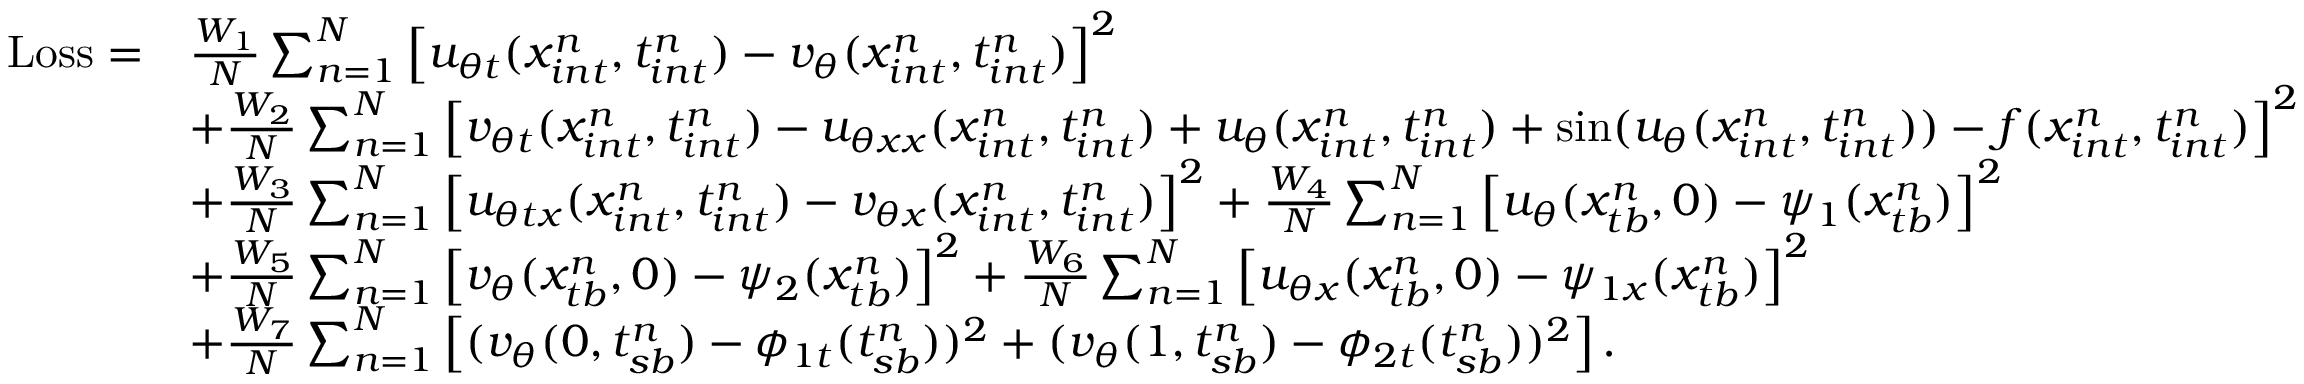
\begin{array} { r l } { \mathrm { L o s s } = } & { \frac { W _ { 1 } } { N } \sum _ { n = 1 } ^ { N } \left[ u _ { \theta t } ( x _ { i n t } ^ { n } , t _ { i n t } ^ { n } ) - v _ { \theta } ( x _ { i n t } ^ { n } , t _ { i n t } ^ { n } ) \right] ^ { 2 } } \\ & { + \frac { W _ { 2 } } { N } \sum _ { n = 1 } ^ { N } \left[ v _ { \theta t } ( x _ { i n t } ^ { n } , t _ { i n t } ^ { n } ) - u _ { \theta x x } ( x _ { i n t } ^ { n } , t _ { i n t } ^ { n } ) + u _ { \theta } ( x _ { i n t } ^ { n } , t _ { i n t } ^ { n } ) + \sin ( u _ { \theta } ( x _ { i n t } ^ { n } , t _ { i n t } ^ { n } ) ) - f ( x _ { i n t } ^ { n } , t _ { i n t } ^ { n } ) \right] ^ { 2 } } \\ & { + \frac { W _ { 3 } } { N } \sum _ { n = 1 } ^ { N } \left[ u _ { \theta t x } ( x _ { i n t } ^ { n } , t _ { i n t } ^ { n } ) - v _ { \theta x } ( x _ { i n t } ^ { n } , t _ { i n t } ^ { n } ) \right] ^ { 2 } + \frac { W _ { 4 } } { N } \sum _ { n = 1 } ^ { N } \left[ u _ { \theta } ( x _ { t b } ^ { n } , 0 ) - \psi _ { 1 } ( x _ { t b } ^ { n } ) \right] ^ { 2 } } \\ & { + \frac { W _ { 5 } } { N } \sum _ { n = 1 } ^ { N } \left[ v _ { \theta } ( x _ { t b } ^ { n } , 0 ) - \psi _ { 2 } ( x _ { t b } ^ { n } ) \right] ^ { 2 } + \frac { W _ { 6 } } { N } \sum _ { n = 1 } ^ { N } \left[ u _ { \theta x } ( x _ { t b } ^ { n } , 0 ) - \psi _ { 1 x } ( x _ { t b } ^ { n } ) \right] ^ { 2 } } \\ & { + \frac { W _ { 7 } } { N } \sum _ { n = 1 } ^ { N } \left[ ( v _ { \theta } ( 0 , t _ { s b } ^ { n } ) - \phi _ { 1 t } ( { t _ { s b } ^ { n } } ) ) ^ { 2 } + ( v _ { \theta } ( 1 , t _ { s b } ^ { n } ) - \phi _ { 2 t } ( { t _ { s b } ^ { n } } ) ) ^ { 2 } \right] . } \end{array}